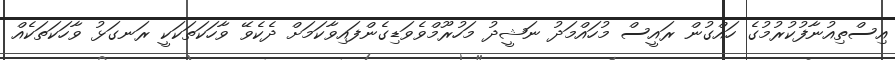
އިސްތިއުނާފުކުރުމުގެ ހައްގުން ރައީސް މުހައްމަދު ނަޝީދު މަހުރޫމްވެވަޑިގެންފައިވާކަމަށް ދެކެވޭ ވާހަކަތަކަކީ ރަނގަޅު ވާހަކަތަކެއް